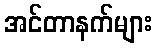
အင်တာနက်များ